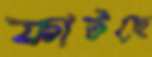
ফাটছে